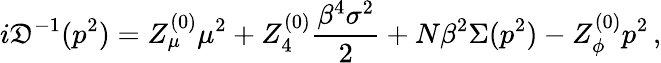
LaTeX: i{\cal\mathfrak{D}}^{-1}(p^{2})=Z_{\mu}^{(0)}\mu^{2}+Z_{4}^{(0)}\frac{{\beta^{4}\sigma^{2}}}{{2}}+N\beta^{2}\Sigma(p^{2})-Z_{\phi}^{(0)}p^{2}\, ,